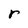
Character: r